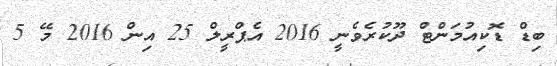
ބިޑް ޑޮކިއުމަންޓް ދޫކުރެވެނީ 2016 އެޕްރީލް 25 އިން 2016 މޭ 5